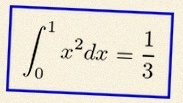
\int_0^1 x^2dx=\frac13